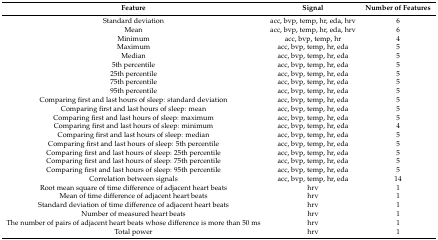
<table><thead><tr><td><b>Feature</b></td><td><b>Signal</b></td><td><b>Number of Features</b></td></tr></thead><tbody><tr><td>Standard deviation</td><td>acc, bvp, temp, hr, eda, hrv</td><td>6</td></tr><tr><td>Mean</td><td>acc, bvp, temp, hr, eda, hrv</td><td>6</td></tr><tr><td>Minimum</td><td>acc, bvp, temp, hr</td><td>4</td></tr><tr><td>Maximum</td><td>acc, bvp, temp, hr, eda</td><td>5</td></tr><tr><td>Median</td><td>acc, bvp, temp, hr, eda</td><td>5</td></tr><tr><td>5th percentile</td><td>acc, bvp, temp, hr, eda</td><td>5</td></tr><tr><td>25th percentile</td><td>acc, bvp, temp, hr, eda</td><td>5</td></tr><tr><td>75th percentile</td><td>acc, bvp, temp, hr, eda</td><td>5</td></tr><tr><td>95th percentile</td><td>acc, bvp, temp, hr, eda</td><td>5</td></tr><tr><td>Comparing first and last hours of sleep: standard deviation</td><td>acc, bvp, temp, hr, eda</td><td>5</td></tr><tr><td>Comparing first and last hours of sleep: mean</td><td>acc, bvp, temp, hr, eda</td><td>5</td></tr><tr><td>Comparing first and last hours of sleep: maximum</td><td>acc, bvp, temp, hr, eda</td><td>5</td></tr><tr><td>Comparing first and last hours of sleep: minimum</td><td>acc, bvp, temp, hr, eda</td><td>4</td></tr><tr><td>Comparing first and last hours of sleep: median</td><td>acc, bvp, temp, hr, eda</td><td>5</td></tr><tr><td>Comparing first and last hours of sleep: 5th percentile</td><td>acc, bvp, temp, hr, eda</td><td>5</td></tr><tr><td>Comparing first and last hours of sleep: 25th percentile</td><td>acc, bvp, temp, hr, eda</td><td>5</td></tr><tr><td>Comparing first and last hours of sleep: 75th percentile</td><td>acc, bvp, temp, hr, eda</td><td>5</td></tr><tr><td>Comparing first and last hours of sleep: 95th percentile</td><td>acc, bvp, temp, hr, eda</td><td>5</td></tr><tr><td>Correlation between signals</td><td>acc, bvp, temp, hr, eda</td><td>14</td></tr><tr><td>Root mean square of time difference of adjacent heart beats</td><td>hrv</td><td>1</td></tr><tr><td>Mean of time difference of adjacent heart beats</td><td>hrv</td><td>1</td></tr><tr><td>Standard deviation of time difference of adjacent heart beats</td><td>hrv</td><td>1</td></tr><tr><td>Number of measured heart beats</td><td>hrv</td><td>1</td></tr><tr><td>The number of pairs of adjacent heart beats whose difference is more than 50 ms</td><td>hrv</td><td>1</td></tr><tr><td>Total power</td><td>hrv</td><td>1</td></tr></tbody></table>